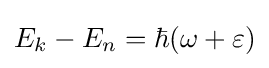
E_{k}-E_{n}=\hbar (\omega +\varepsilon )